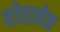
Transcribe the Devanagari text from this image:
चोवानेक